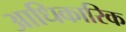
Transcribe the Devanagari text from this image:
अाधिकारिक